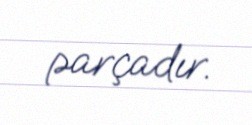
parçadır.